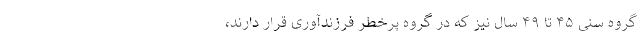
گروه سنی ۴۵ تا ۴۹ سال نیز که در گروه پرخطر فرزندآوری قرار دارند،